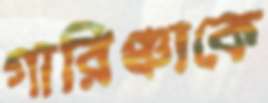
গারিঞ্চাকে